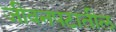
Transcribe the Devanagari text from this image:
जीवनपटातील